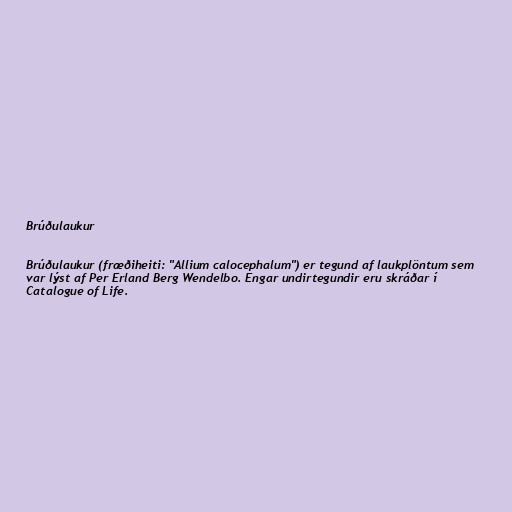
Brúðulaukur

Brúðulaukur (fræðiheiti: "Allium calocephalum") er tegund af laukplöntum sem
var lýst af Per Erland Berg Wendelbo. Engar undirtegundir eru skráðar í
Catalogue of Life.